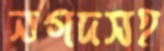
নগদসহ